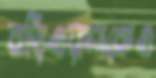
বাড়িওয়ালাকেও